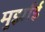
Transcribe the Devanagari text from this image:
मुर्झाई